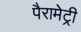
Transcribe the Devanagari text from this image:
पैरामेट्री